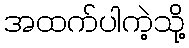
အထက်ပါကဲ့သို့